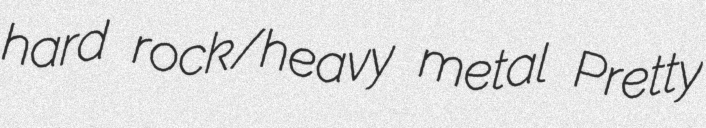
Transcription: hard rock/heavy metal Pretty